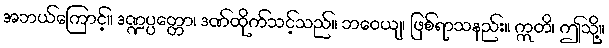
အဘယ်ကြောင့်။ ဒဏ္ဍပ္ပတ္တော၊ ဒဏ်ထိုက်သင့်သည်။ ဘဝေယျ၊ ဖြစ်ရာသနည်း။ ဣတိ၊ ဤသို့။